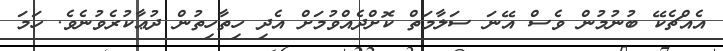
އެއްޗެކޭ ބުނުމުން ވެސް އޭނަ ސަލާމަތް ކޮށްދެއްވުމަށް އެދި ހިތާހިތުން ދުޢާކުރެވުނެވެ. ހަމަ